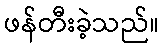
ဖန်တီးခဲ့သည်။